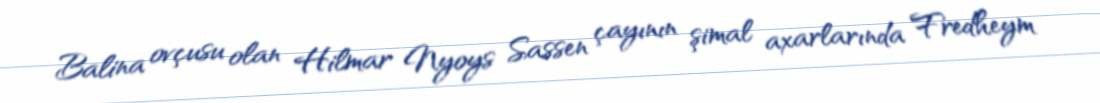
Balina ovçusu olan Hilmar Nyoys Sassen çayının şimal axarlarında Fredheym